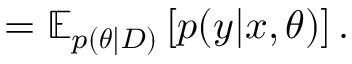
= \mathbb { E } _ { p ( \boldsymbol { \theta } | D ) } \left[ p ( \boldsymbol { y } | \boldsymbol { x } , \boldsymbol { \theta } ) \right] .